Annual report on the working of the lock hospitals in the North-Western Provinces and Oudh
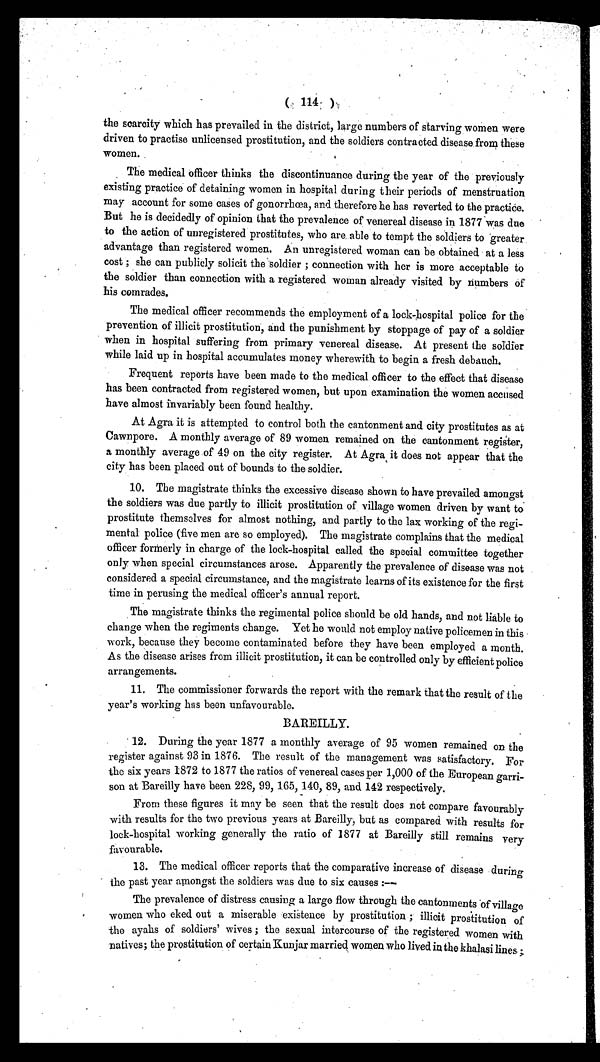
( 114 )
the scarcity which has prevailed in the district, large numbers of starving women were
driven to practise unlicensed prostitution, and the soldiers contracted disease from these
women.
The medical officer thinks the discontinuance during the year of the previously
existing practice of detaining women in hospital during their periods of menstruation
may account for some cases of gonorrhœa, and therefore he has reverted to the practice.
But he is decidedly of opinion that the prevalence of venereal disease in 1877 was due
to the action of unregistered prostitutes, who are able to tempt the soldiers to greater
advantage than registered women. An unregistered woman can be obtained at a less
cost ; she can publicly solicit the soldier ; connection with her is more acceptable to
the soldier than connection with a registered woman already visited by numbers of
his comrades.
The medical officer recommends the employment of a lock-hospital police for the
prevention of illicit prostitution, and the punishment by stoppage of pay of a soldier
when in hospital suffering from primary venereal disease. At present the soldier
while laid up in hospital accumulates money wherewith to begin a fresh debauch.
Frequent reports have been made to the medical officer to the effect that disease
has been contracted from registered women, but upon examination the women accused
have almost invariably been found healthy.
At Agra it is attempted to control both the cantonment and city prostitutes as at
Cawnpore. A monthly average of 89 women remained on the cantonment register,
a monthly average of 49 on the city register. At Agra it does not appear that the
city has been placed out of bounds to the soldier.
10. The magistrate thinks the excessive disease shown to have prevailed amongst
the soldiers was due partly to illicit prostitution of village women driven by want to
prostitute themselves for almost nothing, and partly to the lax working of the regi-
mental police (five men are so employed). The magistrate complains that the medical
officer formerly in charge of the lock-hospital called the special committee together
only when special circumstances arose. Apparently the prevalence of disease was not
considered a special circumstance, and the magistrate learns of its existence for the first
time in perusing the medical officer's annual report.
The magistrate thinks the regimental police should be old hands, and not liable to
change when the regiments change. Yet he would not employ native policemen in this
work, because they become contaminated before they have been employed a month.
As the disease arises from illicit prostitution, it can be controlled only by efficient police
arrangements.
11. The commissioner forwards the report with the remark that the result of the
year's working has been unfavourable.
BAREILLY.
12. During the year 1877 a monthly average of 95 women remained on the
register against 93 in 1876. The result of the management was satisfactory. For
the six years 1872 to 1877 the ratios of venereal cases per 1,000 of the European garri-
son at Bareilly have been 228, 99, 165, 140, 89, and 142 respectively.
From these figures it may be seen that the result does not compare favourably
with results for the two previous years at Bareilly, but as compared with results for
lock-hospital working generally the ratio of 1877 at Bareilly still remains very
favourable.
13. The medical officer reports that the comparative increase of disease during
the past year amongst the soldiers was due to six causes :
—
The prevalence of distress causing a large flow through the cantonments of village
women who eked out a miserable existence by prostitution ; illicit prostitution of
the ayahs of soldiers' wives ; the sexual intercourse of the registered women with
natives; the prostitution of certain Kunjar married women who lived in the khalasi lines ;